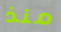
منذ